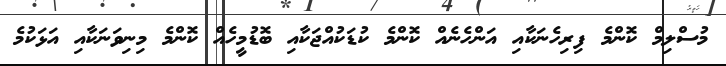
މުސްލިމް ކޮންމެ ފިރިހެނަކާއި އަންހެނެއް ކޮންމެ ކުޑަކުއްޖަކާއި ބޮޑުމީހެއް ކޮންމެ މިނިވަނަކާއި އަޅަކުމެ